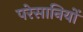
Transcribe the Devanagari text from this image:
परेसानियों